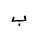
Letter: _ba